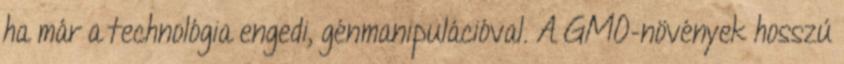
ha már a technológia engedi, génmanipulációval. A GMO-növények hosszú